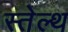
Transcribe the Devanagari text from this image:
स्तेल्थ